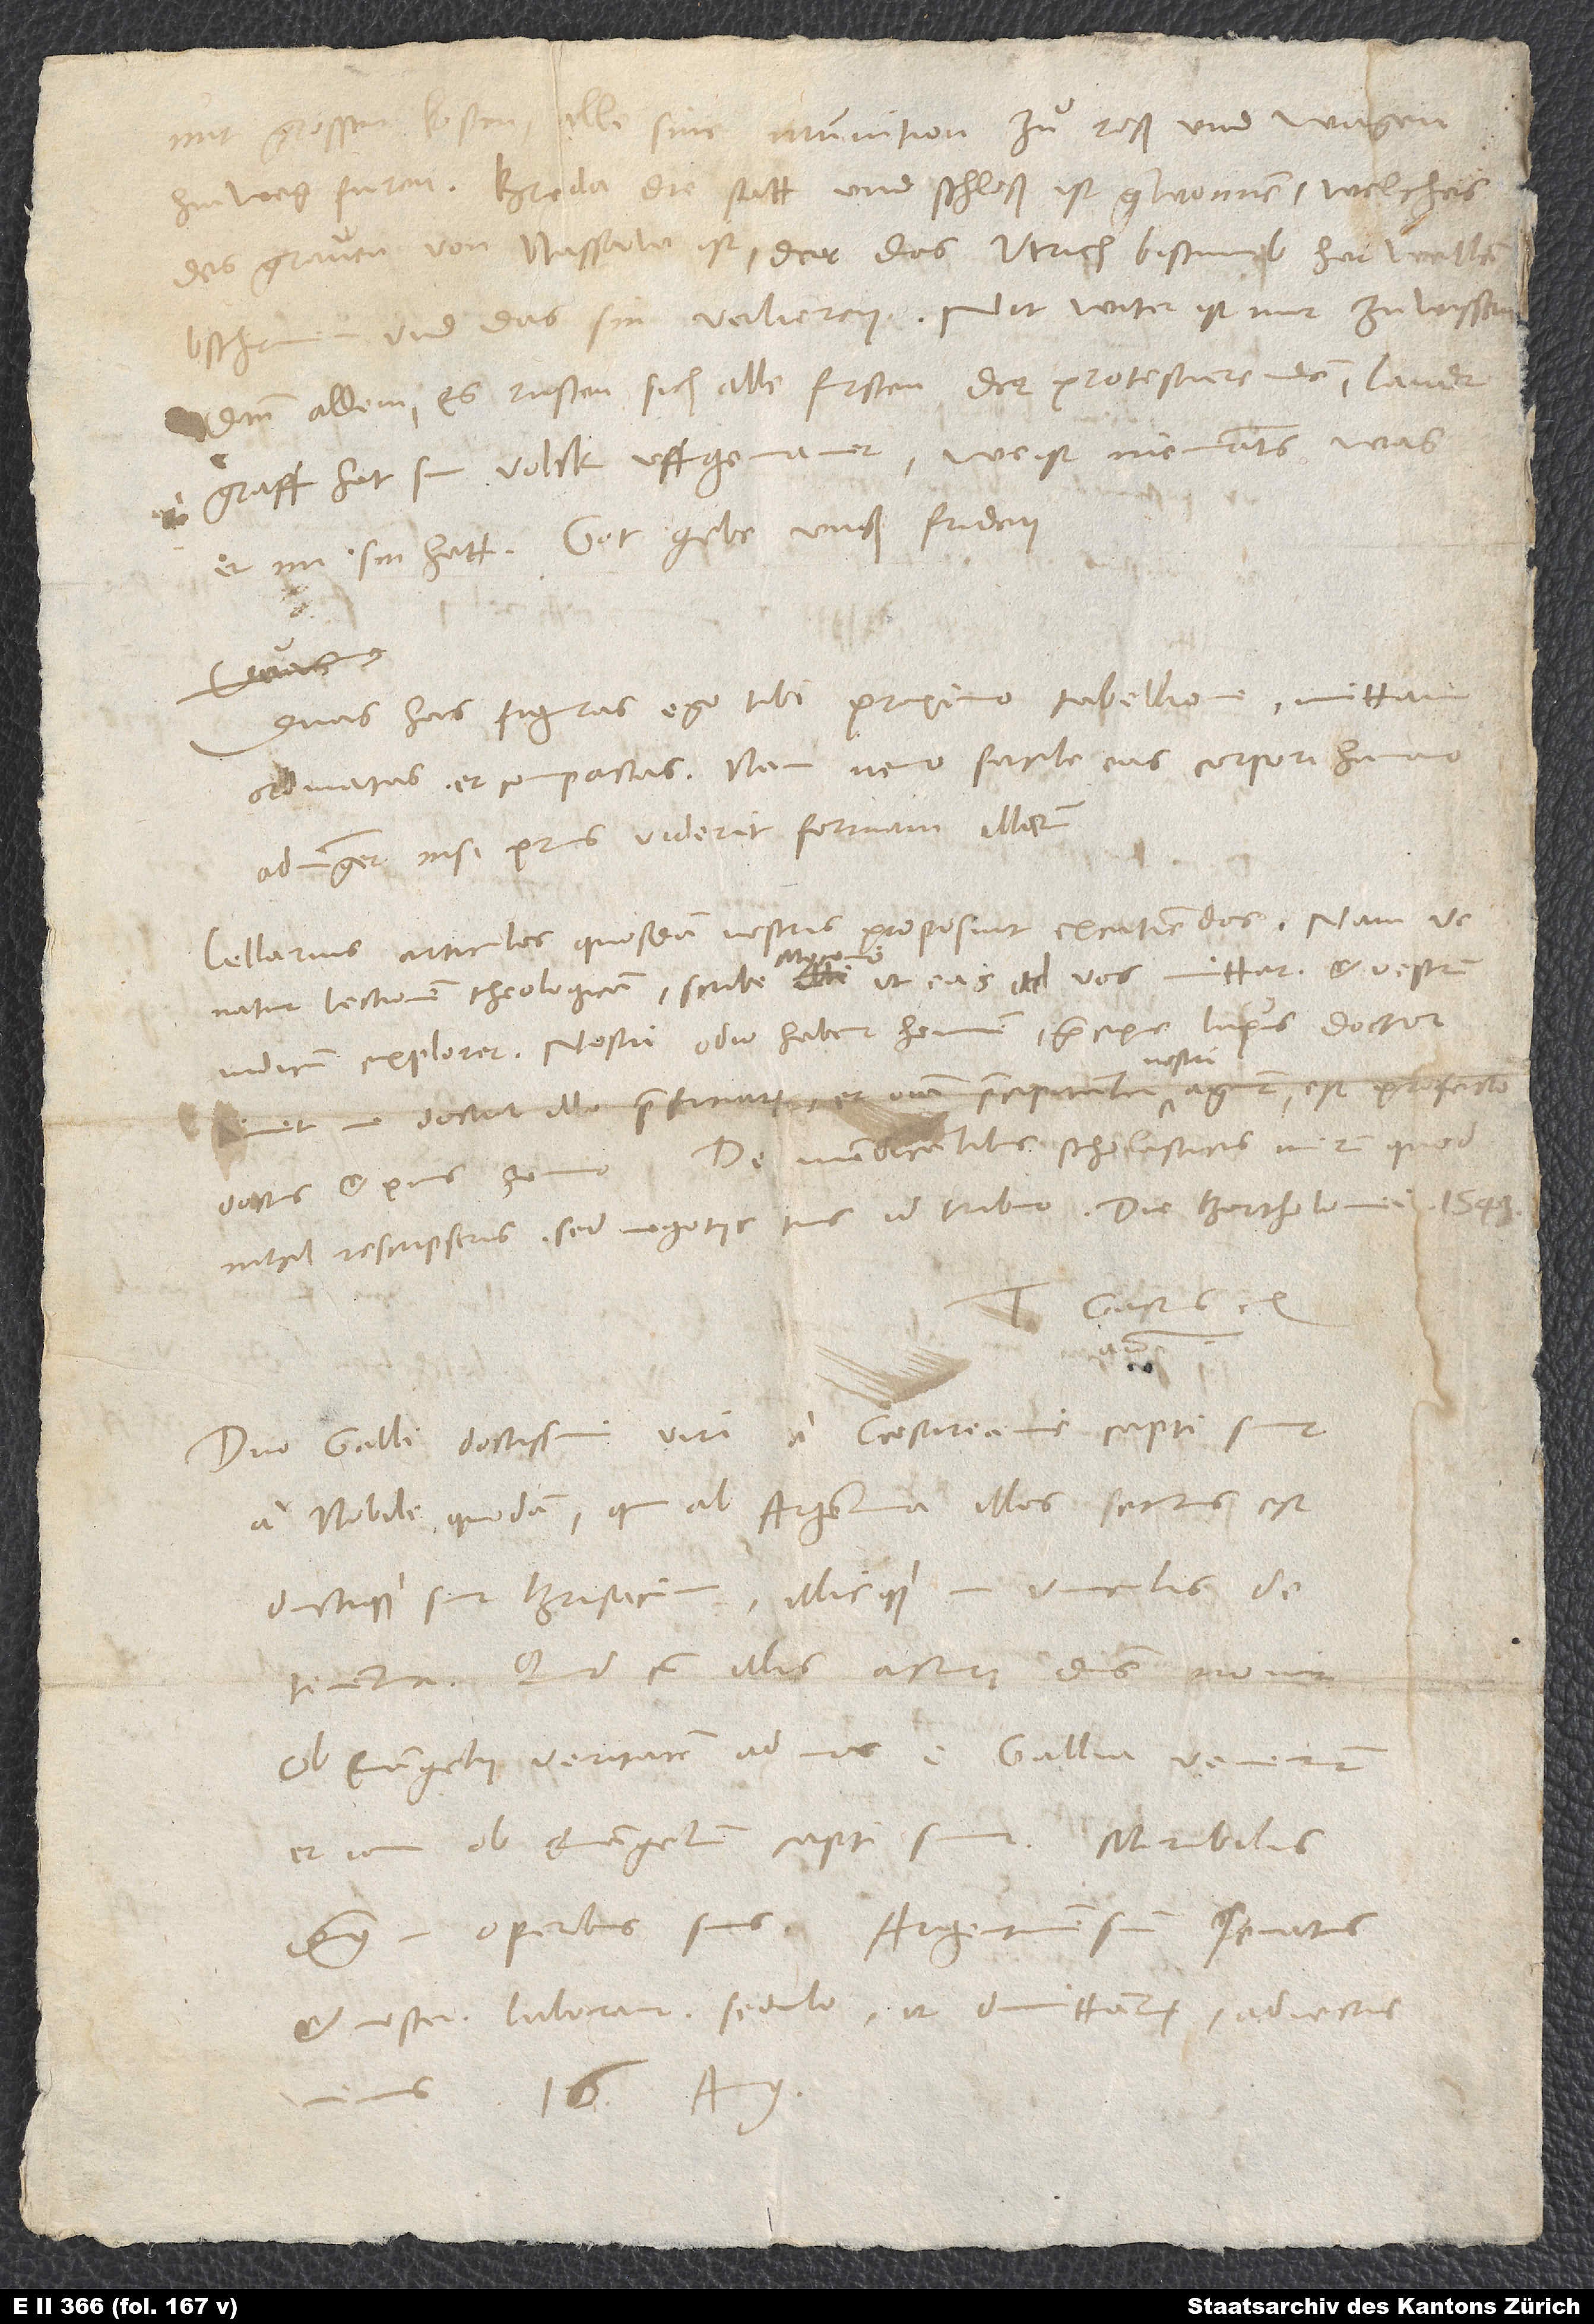
mit grossen kosten, alle sine munition zuͦ roß und wagen
hinweg furen. Breda die statt und schloß ist gewonnen, welches
des graven von Nassaw ist, der das Utrich bistumb hat wellen
bschirmen und das sin verlieren. Nit witer ist mir zu wissen
dann allein, es rusten sich alle fursten der protestierenden.
Landtgraff hat sin volck uffgemanet; weist niemants, was
er im sin hatt. Gott gebe unß friden.“
S.
Duas has figuras ego tibi proximo tabellione mittam
ordinatas et compactas; nam nemo facile eas corpori humano
adiunget, nisi prius viderit formam illarum.
Cellarius articulos quosdam nostris proposuit excutiendos; nam venatur
lectionem theologicam. Scribe Myconio, ut eas ad vos mittat et vestrum
iudicium exploret. Nostri odio habent hominem, praecipue Lupus; doctor
timet, ne doctor ille praeficiatur et omnia praecipitanter nostri agant. Est profecto
nihil rescripseris; sed negotiis tuis id tribuo.
Duo Galli, doctissimi viri, a caesareanis capti sunt,
a nobili quodam, qui ab Argentina illos secutus est,
ductique sunt Brisacum illicque in vinculis
detinentur. Quid cum illis acturi, dominus novit.
Ob evangelii veritatem ad nos e Gallia venerunt
et iam ob evangelium capti sunt. Mirabilis
dominus in operibus suis. Argentinensium senatus
et noster laborant sedulo, ut dimittantur, adiectis
16. augusti.